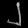
Digit: ၂